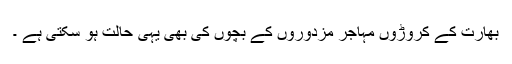
بھارت کے کروڑوں مہاجر مزدوروں کے بچوں کی بھی یہی حالت ہو سکتی ہے ۔